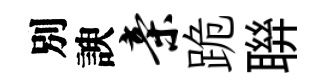
別諛亲跪聨